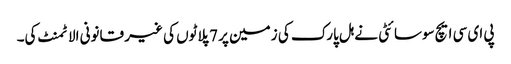
پی ای سی ایچ سوسائٹی نے ہل پارک کی زمین پر 7 پلاٹوں کی غیر قانونی الاٹمنٹ کی۔